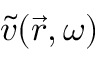
\Tilde { v } ( \vec { r } , \omega )